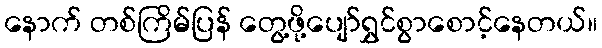
နောက် တစ်ကြိမ်ပြန် တွေ့ဖို့ပျော်ရွှင်စွာစောင့်နေတယ်။